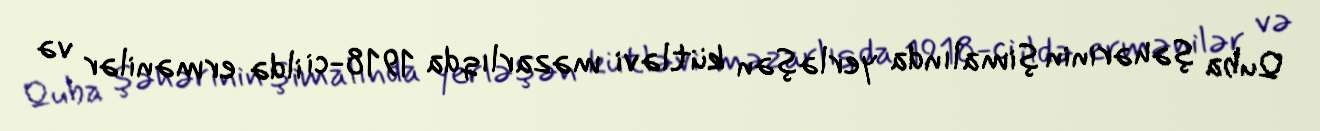
Quba şəhərinin şimalında yerləşən kütləvi məzarlıqda 1918-ci ildə ermənilər və